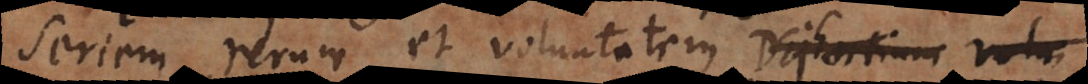
seriem rerum et voluntatem Dei ac